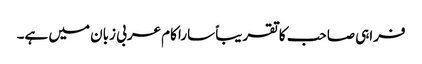
فراہی صاحب کا تقریباً سارا کام عربی زبان میں ہے۔